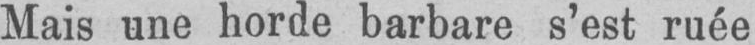
Mais une horde barbare s’est ruée